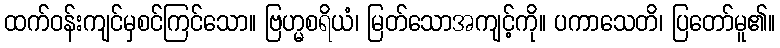
ထက်ဝန်းကျင်မှစင်ကြင်သော။ ဗြဟ္မစရိယံ၊ မြတ်သောအကျင့်ကို။ ပကာသေတိ၊ ပြတော်မူ၏။